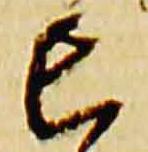
亡